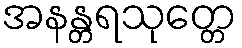
အနန္တရသုတ္တေ